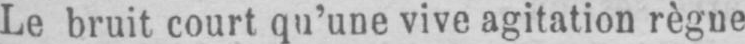
Le bruit court qu’une vive agitation règne